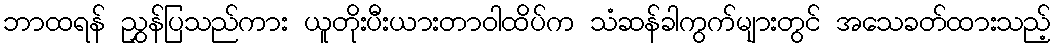
ဘာထရန် ညွှန်ပြသည်ကား ယူတိုးပီးယားတာဝါထိပ်က သံဆန်ခါကွက်များတွင် အသေခတ်ထားသည့်